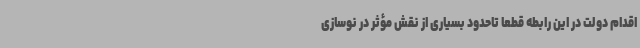
اقدام دولت در این رابطه قطعاً تاحدود بسیاری از نقش مؤثر در نوسازی